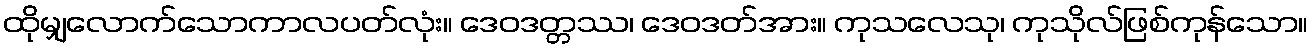
ထိုမျှလောက်သောကာလပတ်လုံး။ ဒေဝဒတ္တဿ၊ ဒေဝဒတ်အား။ ကုသလေသု၊ ကုသိုလ်ဖြစ်ကုန်သော။